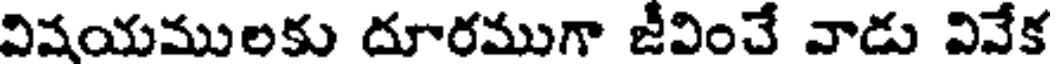
విషయములకు దూరముగా జీవించే వాడు వివేక